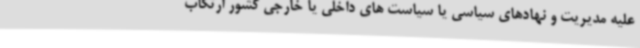
علیه مدیریت و نهادهای سیاسی یا سیاست های داخلی یا خارجی کشور ارتکاب